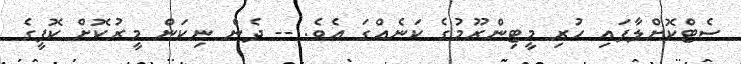
ސެޓްކޮށްލާފައި ހުރި މީޓިންރޫމުގެ ކަނެއްގަ އެވެ. -- ދެން ނިކަން މީރުކޮށް ކޮފީގެ